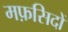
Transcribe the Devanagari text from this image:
मफ़सिदों